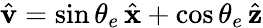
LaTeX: \hat{\mathbf v}=\sin\theta_{e}\, \hat{\mathbf x}+\cos\theta_{e}\, \hat{\mathbf z}